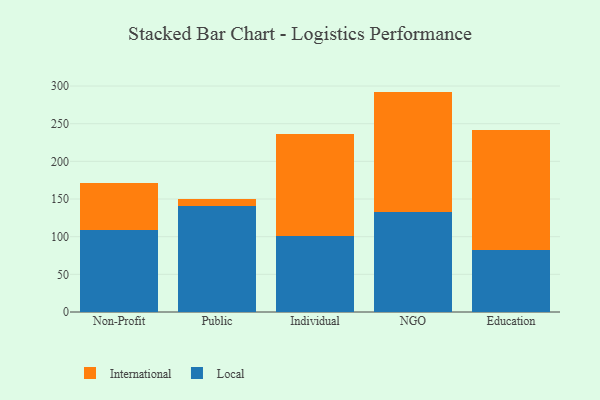
{"axis": {"x": "Segment", "y": "Customer Acquisition Cost (USD)"}, "legend": ["International", "Local"], "data": [{"x": "Non-Profit", "y": 108.5, "type": "Local"}, {"x": "Non-Profit", "y": 62.7, "type": "International"}, {"x": "Public", "y": 140.6, "type": "Local"}, {"x": "Public", "y": 10.0, "type": "International"}, {"x": "Individual", "y": 100.8, "type": "Local"}, {"x": "Individual", "y": 135.3, "type": "International"}, {"x": "NGO", "y": 132.9, "type": "Local"}, {"x": "NGO", "y": 159.7, "type": "International"}, {"x": "Education", "y": 82.9, "type": "Local"}, {"x": "Education", "y": 158.1, "type": "International"}]}